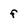
Character: f